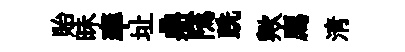
貽昧率址鼎隲跣歟廌淸